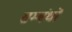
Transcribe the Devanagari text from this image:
सम्बंधोंं